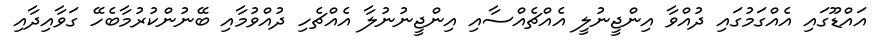
އައްޑޫގައި އެއްގަމުގައި ދުއްވާ އިންޖީނުލީ އެއްޗެއްސާއި އިންޖީނުނުލާ އެއްޗެހި ދުއްވުމާއި ބޭނުންކުރުމާބެހޭ ގަވާއިދާއި